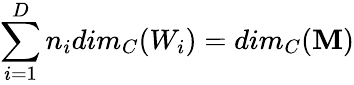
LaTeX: \sum_{i=1}^{D}n_{i}dim_{C}(W_{i})=dim_{C}(\mathbf{M})